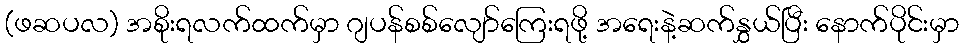
(ဖဆပလ) အစိုးရလက်ထက်မှာ ဂျပန်စစ်လျော်ကြေးရဖို့ အရေးနဲ့ဆက်နွှယ်ပြီး နောက်ပိုင်းမှာ